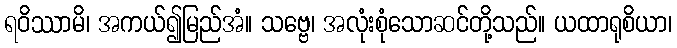
ရဝိဿာမိ၊ အကယ်၍မြည်အံ။ သဗ္ဗေ၊ အလုံးစုံသောဆင်တို့သည်။ ယထာရုစိယာ၊